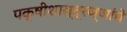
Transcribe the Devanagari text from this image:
पक्षीशास्त्रज्ञांचे